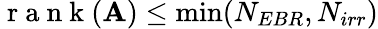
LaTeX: \mathrm{~r~a~n~k~}(\textbf{A})\leq\operatorname*{min}(N_{EBR},N_{irr})